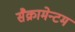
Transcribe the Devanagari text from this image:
सैक्रामेन्टम